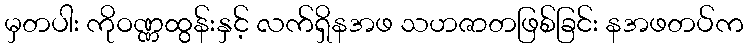
မှတပါး ကိုဝဏ္ဏထွန်းနှင့် လက်ရှိနအဖ သဟဇာတဖြစ်ခြင်း နအဖတပ်က